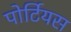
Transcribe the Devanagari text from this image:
पोर्टियस